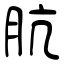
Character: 肮